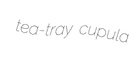
tea-tray cupula